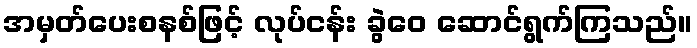
အမှတ်ပေးစနစ်ဖြင့် လုပ်ငန်း ခွဲဝေ ဆောင်ရွက်ကြသည်။